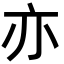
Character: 亦